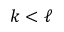
k < \ell